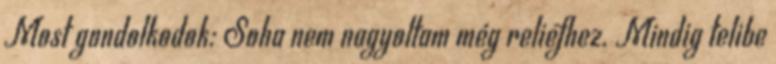
Most gondolkodok: Soha nem nagyoltam még reliefhez. Mindig telibe